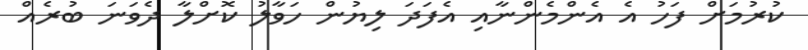
ކުރުމަށް ފަހު އެ އެންމެންނާއި އެފަދަ ލިޔުން ހަވާލު ކޮށްލާ ދެވަނަ ބުރެއް